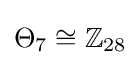
\Theta _{7}\cong \mathbb {Z} _{28}